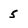
Character: 5